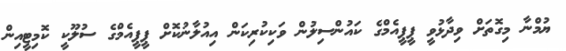
ޔުމްނާ މިގޮތަށް ވިދާޅުވީ ޕީޕީއެމްގެ ކައުންސިލުން ވަކިކުރިކަން އިއުލާނުކޮށް ޕީޕީއެމްގެ ސުލޫކީ ކޮމިޓީއިން